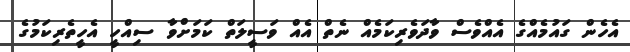
އެހެން ގައުމެއްގެ އެއްވެސް ވާދަވެރިކަމެއް ނެތް އެއް ވަސީލަތް ކަމަށްވާ ސިއްހީ އެހީތެރިކަމުގެ